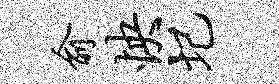
俞怏圮